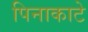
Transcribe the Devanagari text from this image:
पिनाकाटे